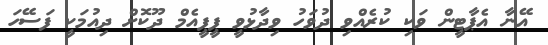
އޭނާ އެޕާޓީން ވަކި ކުރެއްވި ދުވަހު ވިދާޅުވީ ޕީޕީއެމް ދޫކޮށް ދިއުމަކީ ފަސޭހަ